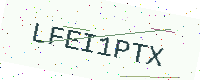
Text: LFEI1PTX